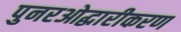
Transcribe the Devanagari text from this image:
पुनरओद्धारीकरण